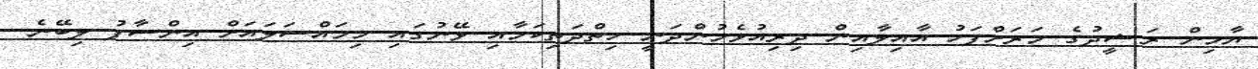
ޔާމިން ރަޝީދުގެ މަރަށްފަހު އާއިލާއިން ދިރިއުޅެމުންދަނީ ހިތްދަތިކަމާއި ވޭނުގައި މިމައްސަލައަށް އިންސާފު ލިބޭނެ